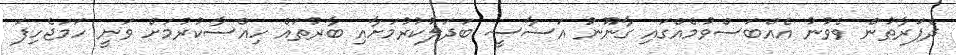
ދެފަރާތުން ވެވުނު އެއްބަސްވުމެއްގައި ގާނޫނު އަސާސީ ބަދަލުކުރުމަށާއި ބާރުތައް ހިއްސާކުރުމަށް ވަނީ ހަމަޖެހިފަ